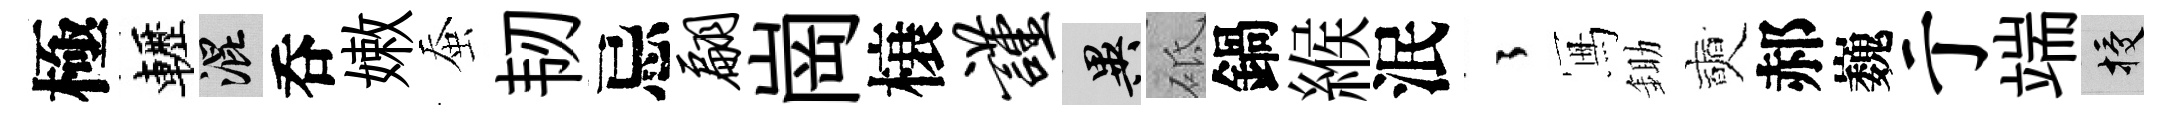
極轣混呑嫩蚕韧忌翩崗榱谨异砥鍋緱泯徃冩鋤奭郝巍亍端授